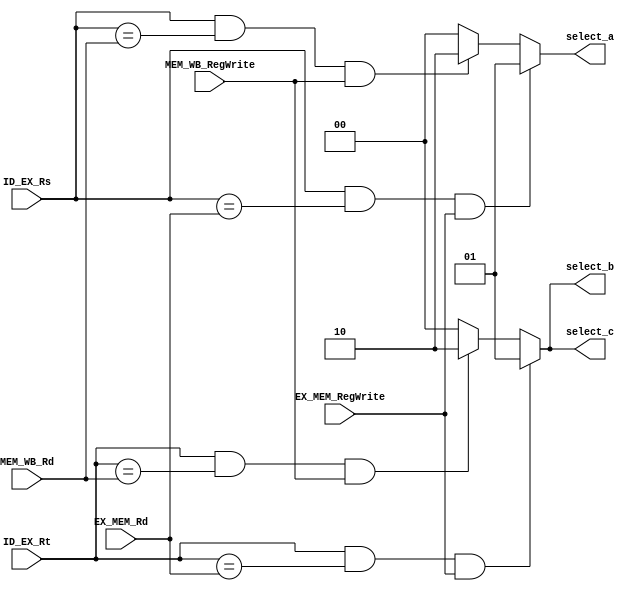
`timescale 1ns / 1ps

module Forwarding_Unit(
    input [4:0] ID_EX_Rs,
    input [4:0] ID_EX_Rt,
    input [4:0] EX_MEM_Rd,
    input [4:0] MEM_WB_Rd,
    input EX_MEM_RegWrite,
    input MEM_WB_RegWrite,
    output reg [1:0] select_a,
    output reg [1:0] select_b,
    output reg [1:0] select_c
    );
    always @(*) begin
        if(ID_EX_Rs&&ID_EX_Rs==EX_MEM_Rd && EX_MEM_RegWrite) select_a=1;
        else if(ID_EX_Rs&&ID_EX_Rs==MEM_WB_Rd && MEM_WB_RegWrite) select_a=2;
        else select_a=0;
        if(ID_EX_Rt&&ID_EX_Rt==EX_MEM_Rd && EX_MEM_RegWrite) select_b=1;
        else if(ID_EX_Rt&&ID_EX_Rt==MEM_WB_Rd && MEM_WB_RegWrite) select_b=2;
        else select_b=0;
        if(ID_EX_Rt&&ID_EX_Rt==EX_MEM_Rd && EX_MEM_RegWrite) select_c=1;
        else if(ID_EX_Rt&&ID_EX_Rt==MEM_WB_Rd && MEM_WB_RegWrite) select_c=2;
        else select_c=0;
    end
endmodule